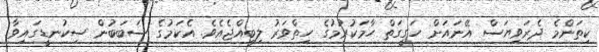
ކިތަންމެ ދެރަވިޔަސް އޭނައަށް ހަގީގަތް ހާމަކުރުމުގެ ހިތްވަރު ލިބިއްޖެއެވެ. އެކަމުގެ ސަބަބުން ސިކުނޑީގައިވާ